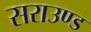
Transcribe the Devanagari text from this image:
सराउण्ड